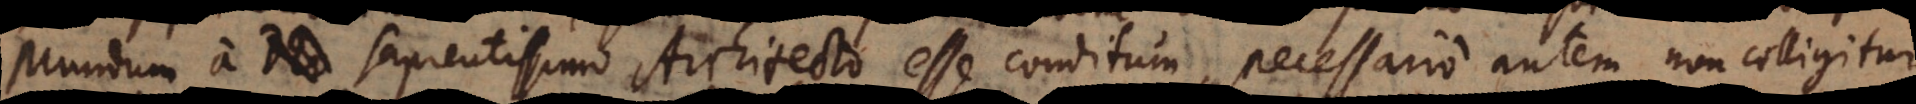
Mundum a Deo sapientissimo Architecto esse conditum, necessario autem non colligitur